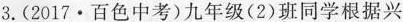
3.(2017·百色中考)九年级(2)班同学根据兴